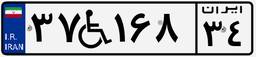
۷۲W۳۲۵۱۹